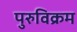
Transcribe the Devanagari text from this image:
पुरुविक्रम